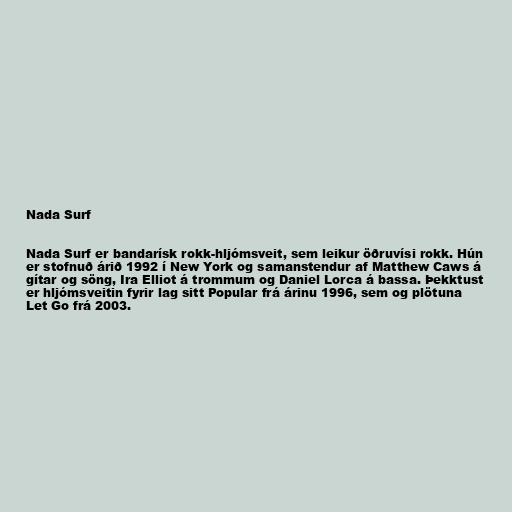
Nada Surf

Nada Surf er bandarísk rokk-hljómsveit, sem leikur öðruvísi rokk. Hún
er stofnuð árið 1992 í New York og samanstendur af Matthew Caws á
gítar og söng, Ira Elliot á trommum og Daniel Lorca á bassa. Þekktust
er hljómsveitin fyrir lag sitt Popular frá árinu 1996, sem og plötuna
Let Go frá 2003.